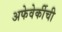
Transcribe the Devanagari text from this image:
अफेवेर्कीची